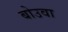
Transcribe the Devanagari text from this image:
बोउवा